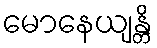
မောနေယျန္တိ